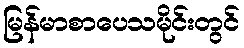
မြန်မာစာပေသမိုင်းတွင်